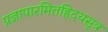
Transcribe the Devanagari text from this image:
प्रज्ञापारमितह्रिदयसूत्र